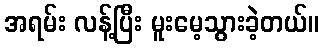
အရမ်း လန့်ပြီး မူးမေ့သွားခဲ့တယ်။